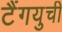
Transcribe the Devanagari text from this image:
टैंगयुची